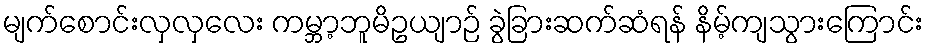
မျက်စောင်းလှလှလေး ကမ္ဘာ့ဘူမိဥယျာဉ် ခွဲခြားဆက်ဆံရန် နိမ့်ကျသွားကြောင်း